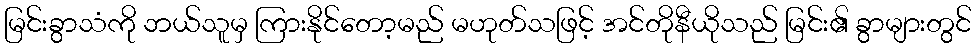
မြင်းခွာသံကို ဘယ်သူမှ ကြားနိုင်တော့မည် မဟုတ်သဖြင့် အင်တိုနီယိုသည် မြင်း၏ ခွာများတွင်